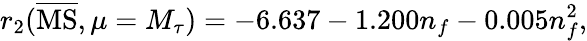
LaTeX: r_{2}(\overline{{\mathrm{MS}}},\mu=M_{\tau})=-6.637-1.200n_{f}-0.005n_{f}^{2},